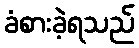
ခံစားခဲ့ရသည်